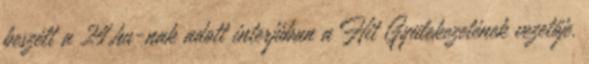
beszélt a 24.hu-nak adott interjúban a Hit Gyülekezetének vezetője.